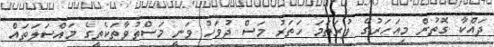
ދައްކާ ގޮތުން މިއަހަރުގެ ފުރަތަމަ ހަތަރު މަސް ދުވަހު ވަނީ މަސްތުވާތަކެތީގެ މައްސަލަތައް